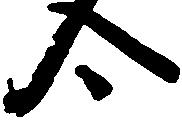
合